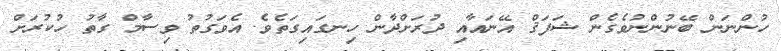
ހުންނަން ބޭނުންނުވެގެން ޝަފަޤް އޭނައާއި ދުރަށްދާން ހިނގައިގަތެވެ. އެވަގުތު ވިސާމް ގާތު ހުކުރަށް